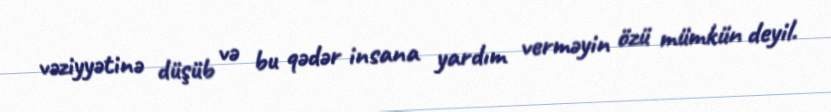
vəziyyətinə düşüb və bu qədər insana yardım verməyin özü mümkün deyil.